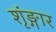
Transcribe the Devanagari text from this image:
शृंङ्गार